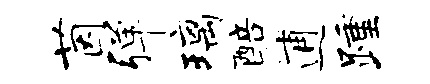
茵弹璃醅逋踵